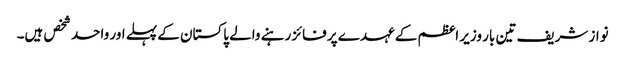
نواز شریف تین بار وزیر اعظم کے عہدے پر فائز رہنے والے پاکستان کے پہلے اور واحد شخص ہیں۔